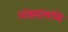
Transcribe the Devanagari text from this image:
अंड्यांमध्ये